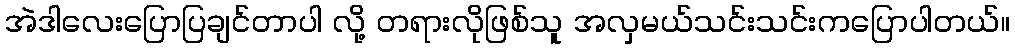
အဲဒါလေးပြောပြချင်တာပါ လို့ တရားလိုဖြစ်သူ အလှမယ်သင်းသင်းကပြောပါတယ်။